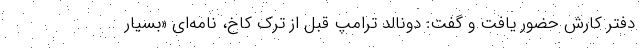
دفتر کارش حضور یافت و گفت: دونالد ترامپ قبل از ترک کاخ، نامه‌ای «بسیار